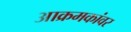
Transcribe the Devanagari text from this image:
आक्रमकांवर